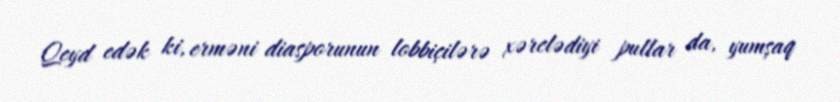
Qeyd edək ki, erməni diasporunun lobbiçilərə xərclədiyi pullar da, yumşaq